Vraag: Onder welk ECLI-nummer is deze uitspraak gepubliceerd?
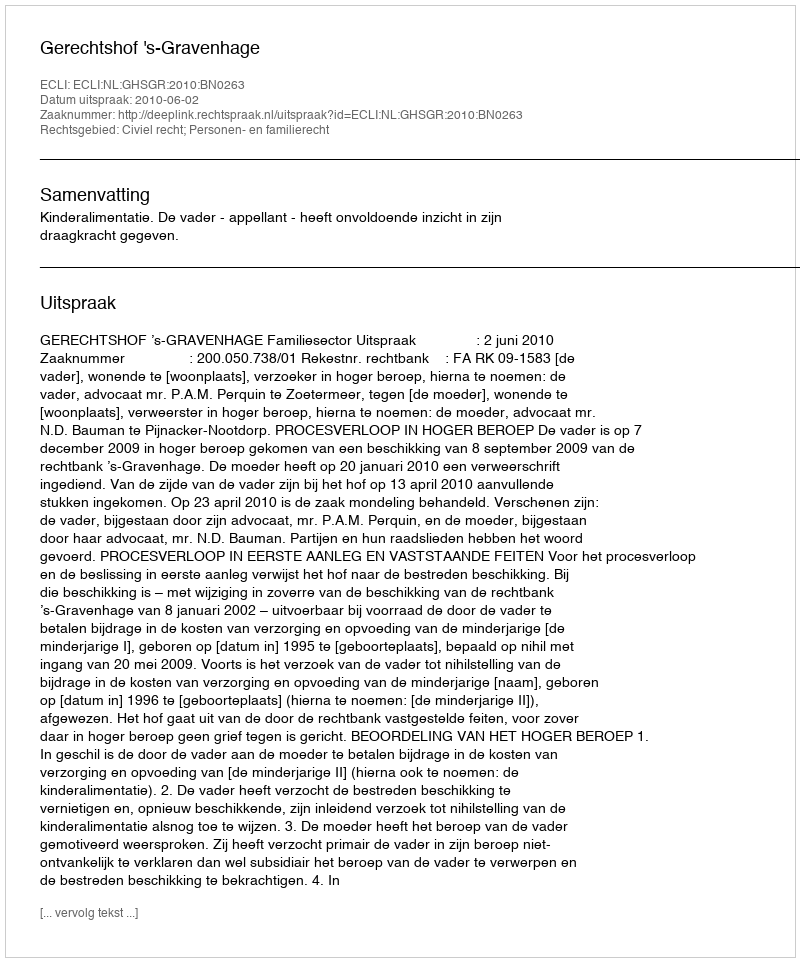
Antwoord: ECLI:NL:GHSGR:2010:BN0263